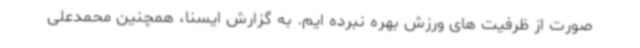
صورت از ظرفیت های ورزش بهره نبرده ایم. به گزارش ایسنا، همچنین محمدعلی